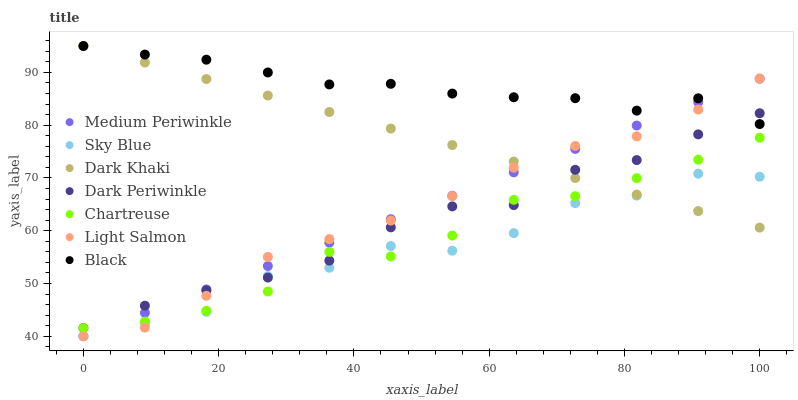
| xaxis_label | Medium Periwinkle | Sky Blue | Dark Khaki | Dark Periwinkle | Chartreuse | Light Salmon | Black |
 | --- | --- | --- | --- | --- | --- | --- | --- |
 | 0 | 40 | 40 | 95 | 41.6 | 41.5 | 40 | 95 |
 | 9.09 | 44.4 | 42.5 | 91.9 | 45.8 | 42.8 | 41.6 | 93.4 |
 | 18.2 | 48.9 | 44.6 | 88.7 | 48.7 | 44.8 | 47.7 | 92.4 |
 | 27.3 | 53.3 | 51.4 | 85.6 | 51.1 | 48.5 | 55 | 90 |
 | 36.4 | 57.7 | 53 | 82.5 | 54.3 | 56 | 58.4 | 87.7 |
 | 45.5 | 62.2 | 57.1 | 79.4 | 60.6 | 55.1 | 61.9 | 87.8 |
 | 54.5 | 66.6 | 56.2 | 76.2 | 64.6 | 59.1 | 66.6 | 86 |
 | 63.6 | 71.1 | 59.5 | 73.1 | 64.9 | 65.8 | 71.9 | 85.3 |
 | 72.7 | 75.5 | 65.2 | 70 | 71.5 | 66.5 | 76.1 | 85.1 |
 | 81.8 | 79.9 | 66.7 | 66.8 | 73.4 | 70 | 77.9 | 82.8 |
 | 90.9 | 84.4 | 70.8 | 63.7 | 78.3 | 73.5 | 83 | 85.1 |
 | 100 | 88.8 | 70.2 | 60.6 | 82.3 | 77.6 | 88.8 | 80.2 |